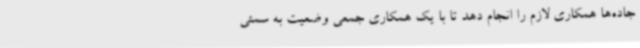
جاده‌ها همکاری لازم را انجام دهد تا با یک همکاری جمعی وضعیت به سمتی